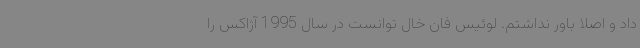
داد و اصلا باور نداشتم. لوئیس فان خال توانست در سال 1995 آژاکس را